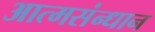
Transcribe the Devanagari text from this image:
आत्मसंन्धान